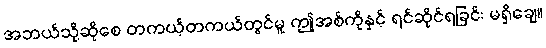
အဘယ်သို့ဆိုစေ တကယ့်တကယ်တွင်မူ ဤအစ်ကိုနှင့် ရင်ဆိုင်ရခြင်း မရှိချေ။